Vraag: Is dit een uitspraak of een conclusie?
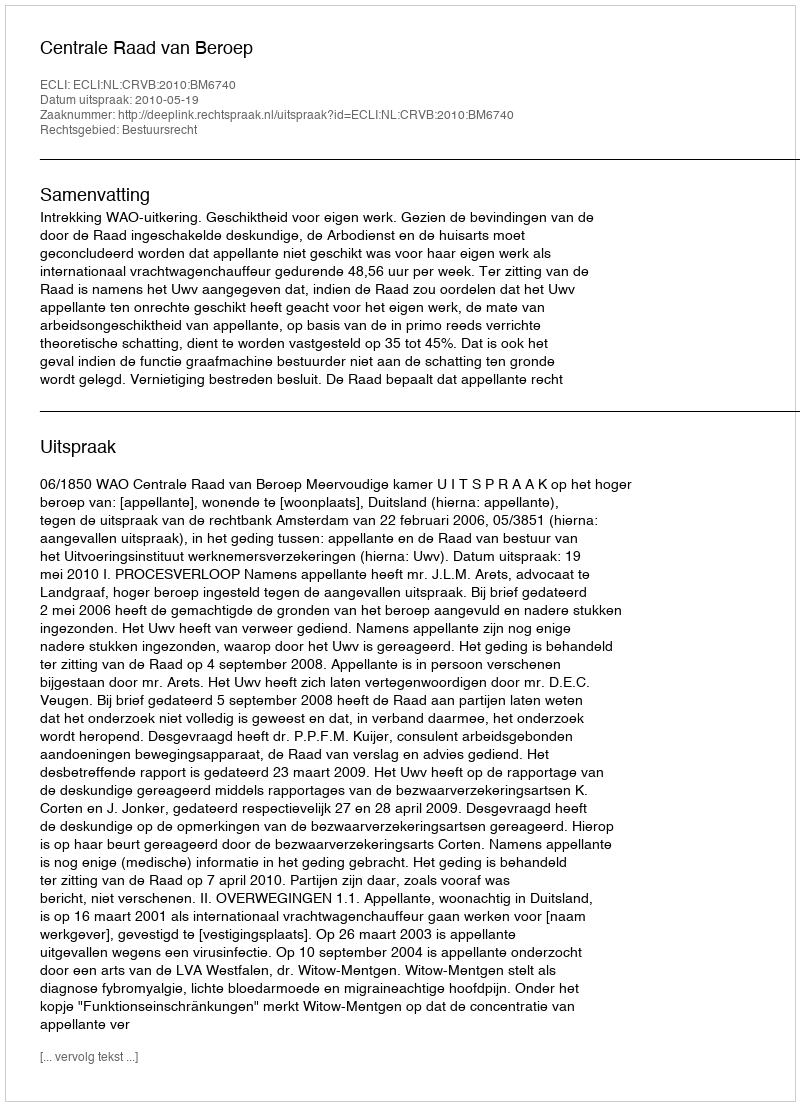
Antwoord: Uitspraak